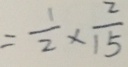
= \frac { 1 } { 2 } \times \frac { 2 } { 1 5 }